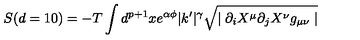
S ( d = 1 0 ) = - T \int d ^ { p + 1 } x e ^ { \alpha \phi } | k ^ { \prime } | ^ { \gamma } \sqrt { \mid \partial _ { i } X ^ { \mu } \partial _ { j } X ^ { \nu } g _ { \mu \nu } \mid }